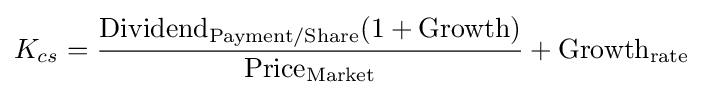
K_{cs}={\frac {{\text{Dividend}}_{\text{Payment/Share}}(1+{\text{Growth}})}{{\text{Price}}_{\text{Market}}}}+{\text{Growth}}_{\text{rate}}